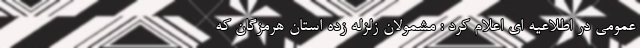
عمومی در اطلاعیه ای اعلام کرد : مشمولان زلزله زده استان هرمزگان که